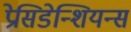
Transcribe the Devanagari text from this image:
प्रेसिडेन्शियन्स